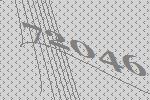
72046